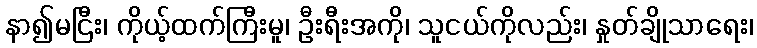
နာ၍မငြီး၊ ကိုယ့်ထက်ကြီးမူ၊ ဦးရီးအကို၊ သူငယ်ကိုလည်း၊ နှုတ်ချိုသာရေး၊